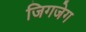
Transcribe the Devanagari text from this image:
जिगजेग